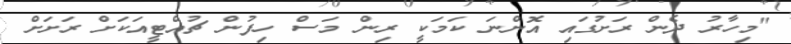
"މިހާރު ދެން ރަށުގައި އޮންނަ ކަމަކީ ރިން މަސް ހިފުން ޗުއްޓީއަކަށް ރަށަށް